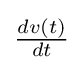
{\textstyle {\frac {dv(t)}{dt}}}